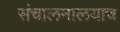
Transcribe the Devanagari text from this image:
संचालनालयाच